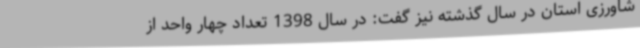
شاورزی استان در سال گذشته نیز گفت: در سال 1398 تعداد چهار واحد از